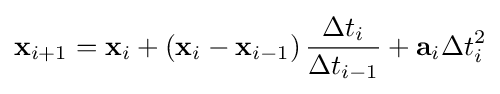
\mathbf {x} _{i+1}=\mathbf {x} _{i}+\left(\mathbf {x} _{i}-\mathbf {x} _{i-1}\right){\frac {\Delta t_{i}}{\Delta t_{i-1}}}+\mathbf {a} _{i}\Delta t_{i}^{2}